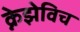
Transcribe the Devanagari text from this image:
क्नेझेविच